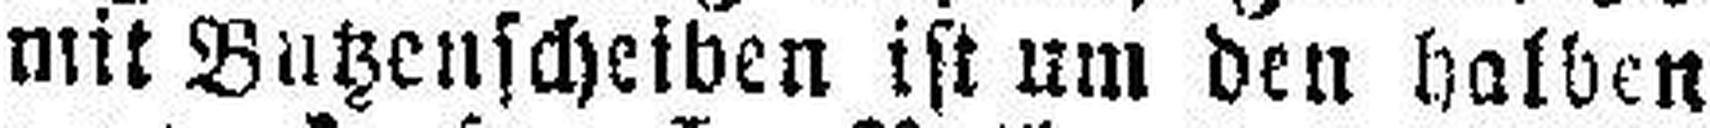
mit Butzenscheiben ist um den halben